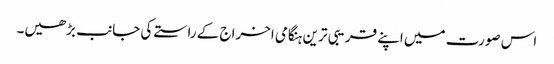
اس صورت میں اپنے قریبی ترین ہنگامی اخراج کے راستے کی جانب بڑھیں۔